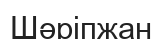
Шәріпжан